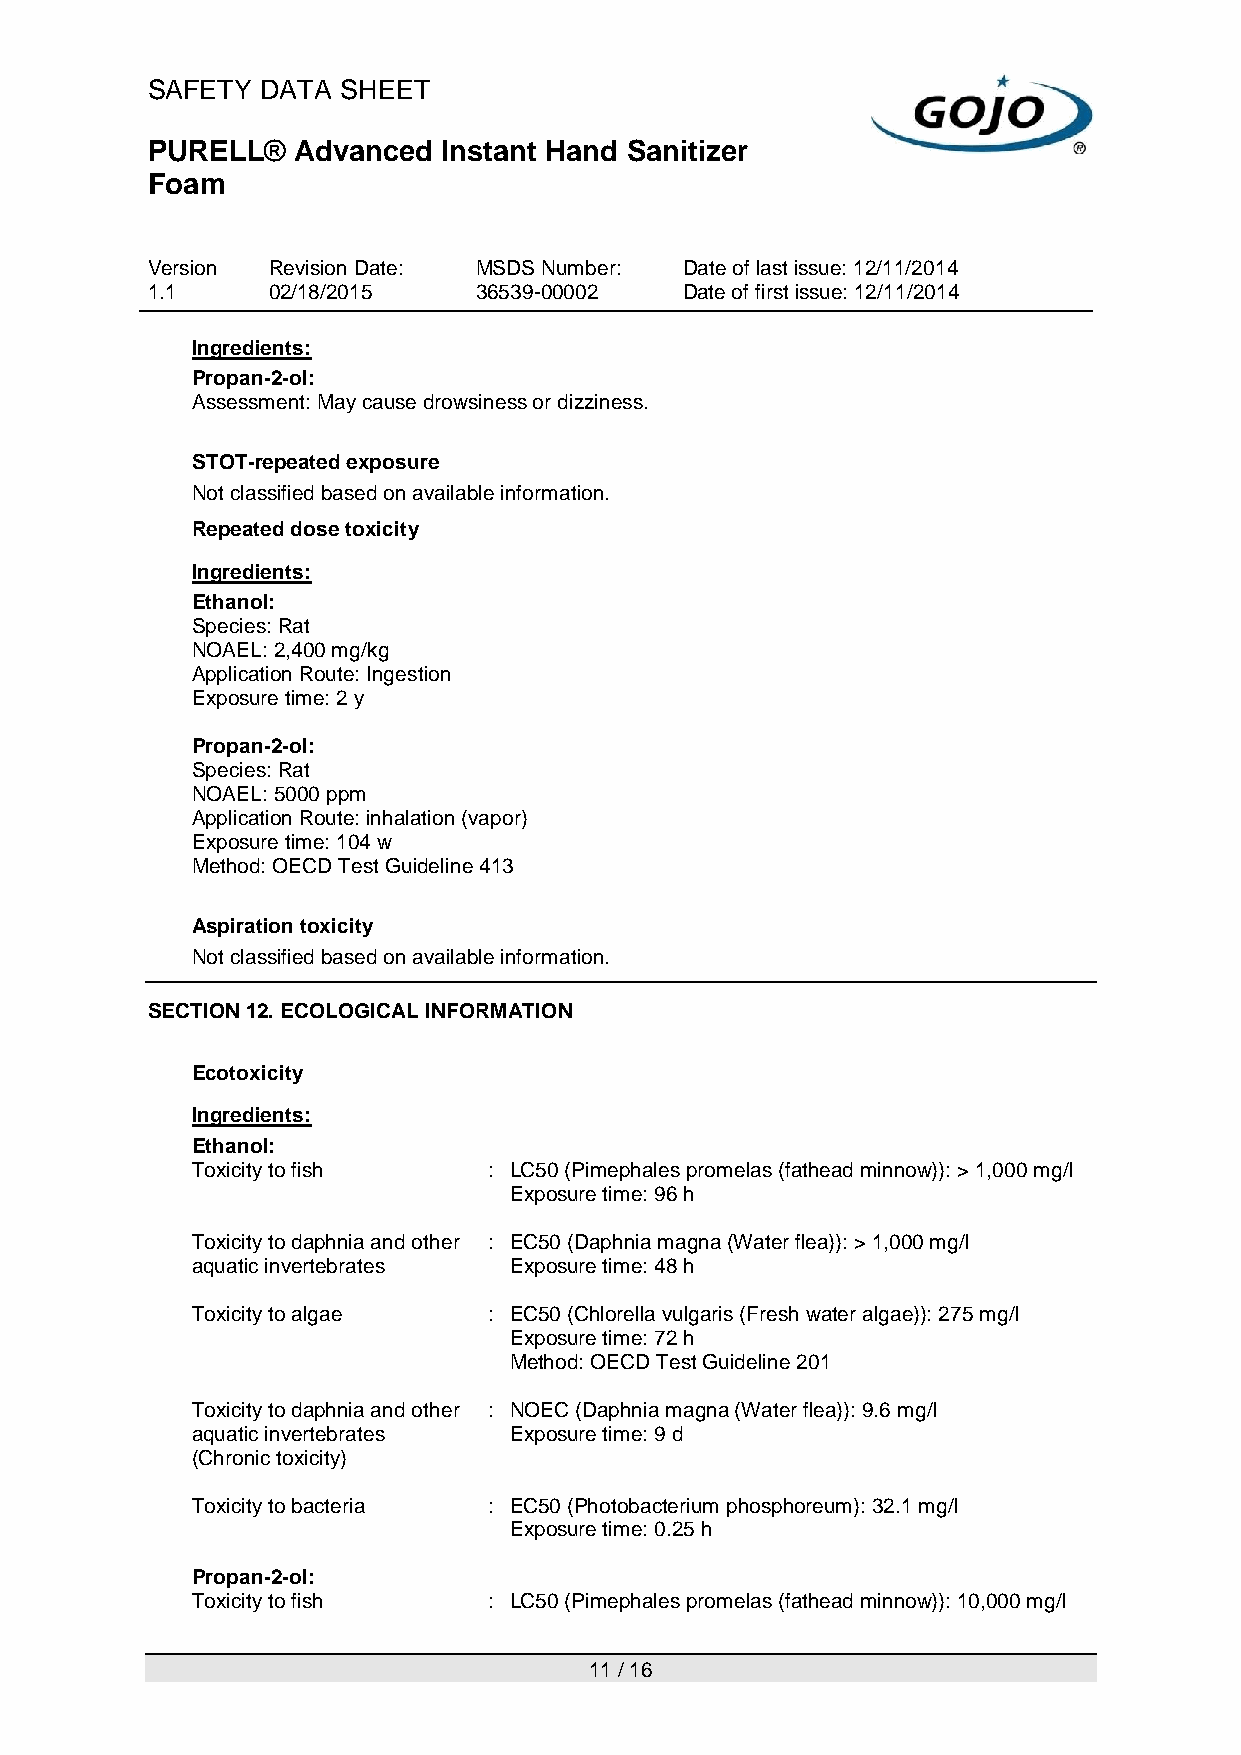
SAFETY DATA  SHEET
 PURELL®  Advanced  Instant Hand Sanitizer
 Foam
 Version Revision Date: MSDS Number: Date of last issue: 12/11/2014
 1.1     02/18/2015   36539-00002   Date of first issue: 12/11/2014
 Ingredients:
 Propan-2-ol:
 Assessment: May cause drowsiness or dizziness.
 STOT-repeated exposure
 Not classified based on available information.
 Repeated dose toxicity
 Ingredients:
 Ethanol:
 Species: Rat
 NOAEL: 2,400 mg/kg
 Application Route: Ingestion
 Exposure time: 2 y
 Propan-2-ol:
 Species: Rat
 NOAEL: 5000 ppm
 Application Route: inhalation (vapor)
 Exposure time: 104 w
 Method: OECD Test Guideline 413
 Aspiration toxicity
 Not classified based on available information.
 SECTION 12. ECOLOGICAL INFORMATION
 Ecotoxicity
 Ingredients:
 Ethanol:
 Toxicity to fish   : LC50 (Pimephales promelas (fathead minnow)): > 1,000 mg/l
 Exposure time: 96 h
 Toxicity to daphnia and other : EC50 (Daphnia magna (Water flea)): > 1,000 mg/l
 aquatic invertebrates Exposure time: 48 h
 Toxicity to algae  : EC50 (Chlorella vulgaris (Fresh water algae)): 275 mg/l
 Exposure time: 72 h
 Method: OECD Test Guideline 201
 Toxicity to daphnia and other : NOEC (Daphnia magna (Water flea)): 9.6 mg/l
 aquatic invertebrates Exposure time: 9 d
 (Chronic toxicity)
 Toxicity to bacteria : EC50 (Photobacterium phosphoreum): 32.1 mg/l
 Exposure time: 0.25 h
 Propan-2-ol:
 Toxicity to fish   : LC50 (Pimephales promelas (fathead minnow)): 10,000 mg/l
 11 / 16